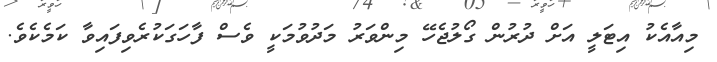
މިއާއެކު އިޓަލީ އަށް ދުރުން ގޯލުޖެހޭ މިންވަރު މަދުވުމަކީ ވެސް ފާހަގަކުރެވިފައިވާ ކަމެކެވެ.